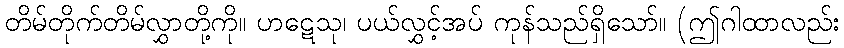
တိမ်တိုက်တိမ်လွှာတို့ကို။ ဟဋေသု၊ ပယ်လွှင့်အပ် ကုန်သည်ရှိသော်။ (ဤဂါထာလည်း